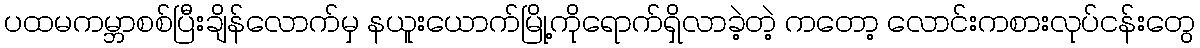
ပထမကမ္ဘာစစ်ပြီးချိန်လောက်မှ နယူးယောက်မြို့ကိုရောက်ရှိလာခဲ့တဲ့ ကတော့ လောင်းကစားလုပ်ငန်းတွေ